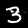
Digit: 3